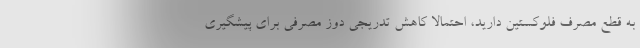
به قطع مصرف فلوکستین دارید، احتمالا کاهش تدریجی دوز مصرفی برای پیشگیری